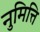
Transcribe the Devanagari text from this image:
नुमित्ति